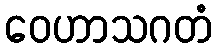
ဝေဟာသဂတံ